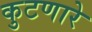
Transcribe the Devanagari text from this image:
कुटणारे